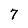
Character: 7